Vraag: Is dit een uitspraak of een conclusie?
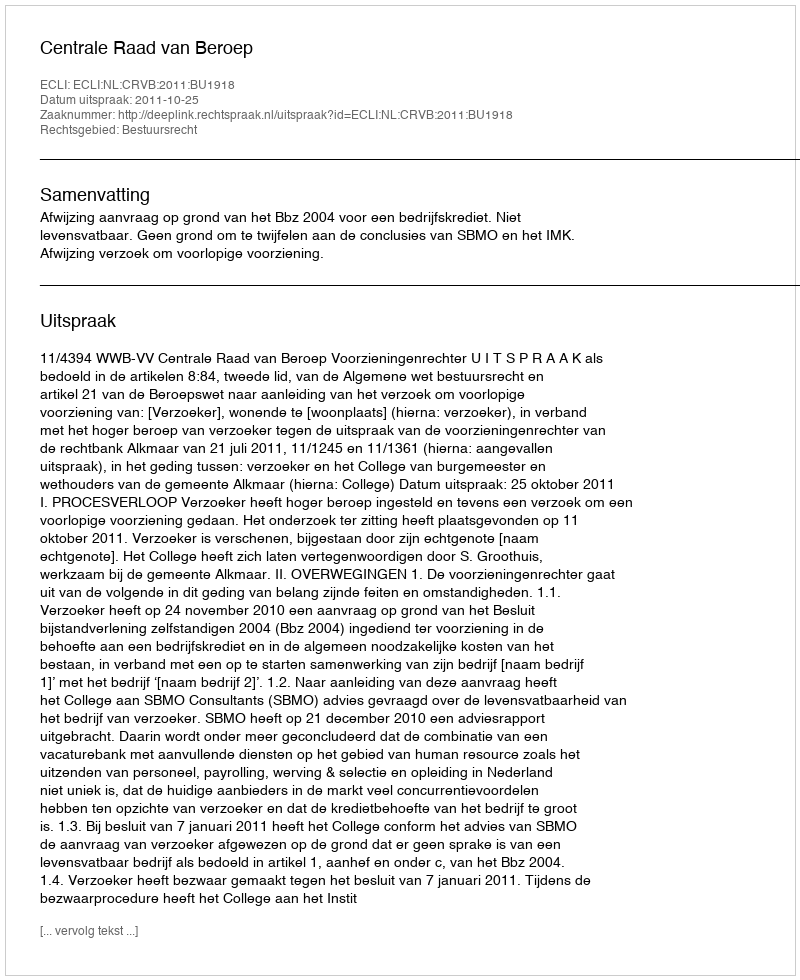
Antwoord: Uitspraak